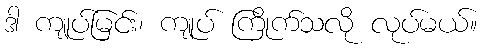
ဒါ ကျုပ်မြင်း၊ ကျုပ် ကြိုက်သလို လုပ်မယ်။